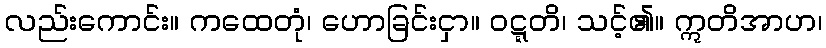
လည်းကောင်း။ ကထေတုံ၊ ဟောခြင်းငှာ။ ဝဋ္ဋတိ၊ သင့်၏။ ဣတိအာဟ၊